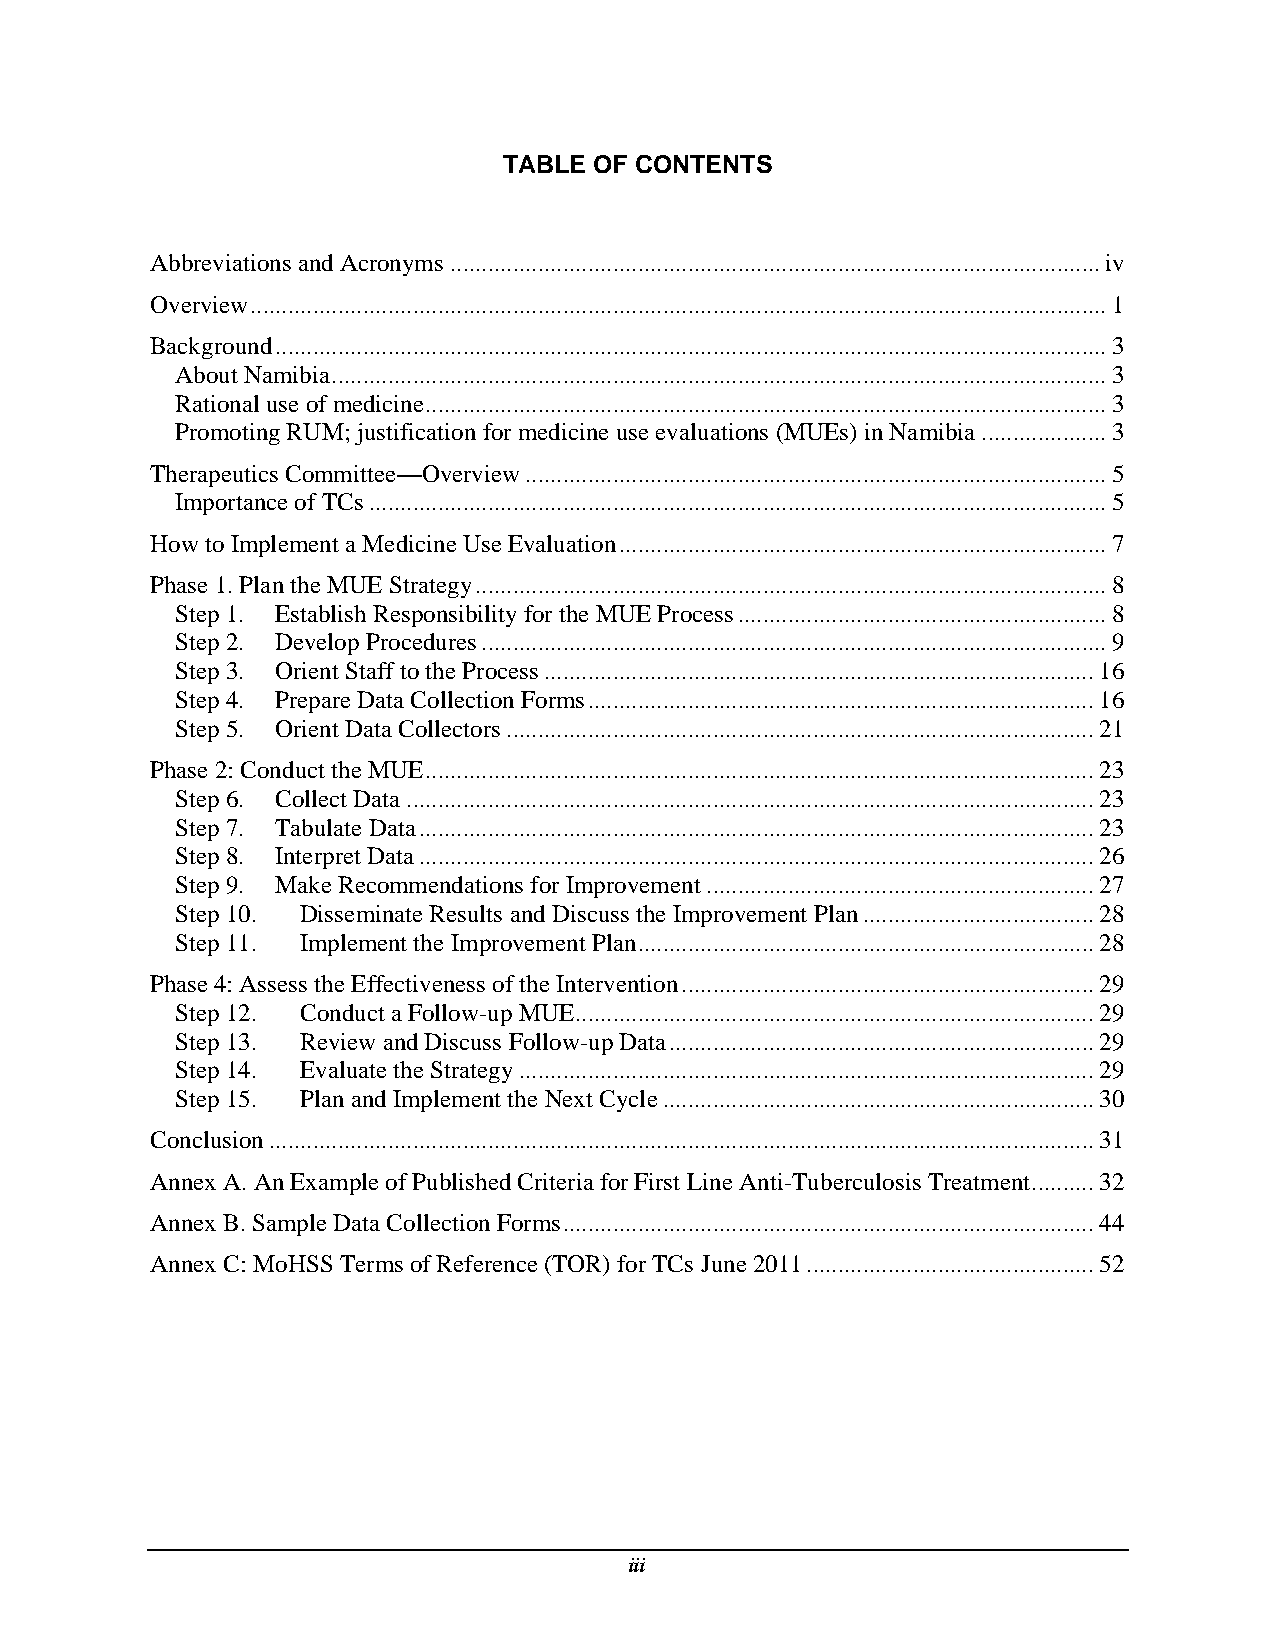
TABLE OF CONTENTS
 Abbreviations and Acronyms ........................................................................................................ iv
 Overview ......................................................................................................................................... 1
 Background ..................................................................................................................................... 3
 About Namibia ............................................................................................................................ 3
 Rational use of medicine ............................................................................................................. 3
 Promoting RUM; justification for medicine use evaluations (MUEs) in Namibia .................... 3
 Therapeutics Committee—Overview ............................................................................................. 5
 Importance of TCs ...................................................................................................................... 5
 How to Implement a Medicine Use Evaluation .............................................................................. 7
 Phase 1. Plan the MUE Strategy ..................................................................................................... 8
 Step 1. Establish Responsibility for the MUE Process ........................................................... 8
 Step 2. Develop Procedures .................................................................................................... 9
 Step 3. Orient Staff to the Process ........................................................................................ 16
 Step 4. Prepare Data Collection Forms ................................................................................. 16
 Step 5. Orient Data Collectors .............................................................................................. 21
 Phase 2: Conduct the MUE ........................................................................................................... 23
 Step 6. Collect Data .............................................................................................................. 23
 Step 7. Tabulate Data ............................................................................................................ 23
 Step 8. Interpret Data ............................................................................................................ 26
 Step 9. Make Recommendations for Improvement .............................................................. 27
 Step 10. Disseminate Results and Discuss the Improvement Plan ..................................... 28
 Step 11. Implement the Improvement Plan ......................................................................... 28
 Phase 4: Assess the Effectiveness of the Intervention .................................................................. 29
 Step 12. Conduct a Follow-up MUE ................................................................................... 29
 Step 13. Review and Discuss Follow-up Data .................................................................... 29
 Step 14. Evaluate the Strategy ............................................................................................ 29
 Step 15. Plan and Implement the Next Cycle ..................................................................... 30
 Conclusion .................................................................................................................................... 31
 Annex A. An Example of Published Criteria for First Line Anti-Tuberculosis Treatment .......... 32
 Annex B. Sample Data Collection Forms ..................................................................................... 44
 Annex C: MoHSS Terms of Reference (TOR) for TCs June 2011 .............................................. 52
 iii